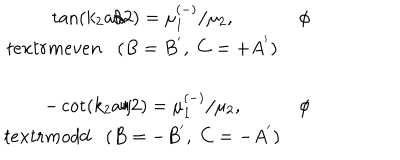
\begin{array} { c c } { { } } & { { } } \\ { { \tan \left( k _ { 2 } a / 2 \right) = \mu _ { 1 } ^ { \left( - \right) } / \mu _ { 2 } , } } & { { \phi } } \\ { { t e x t r m { e v e n } ( B = B ^ { ^ { \prime } } , \; C = + A ^ { ^ { \prime } } ) } } \\ { { } } & { { } } \\ { { - \cot \left( k _ { 2 } a / 2 \right) = \mu _ { 1 } ^ { \left( - \right) } / \mu _ { 2 } , } } & { { \phi } } \\ { { t e x t r m { o d d } ( B = - B ^ { ^ { \prime } } , \; C = - A ^ { ^ { \prime } } ) } } \\ \end{array}